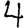
Digit: 4